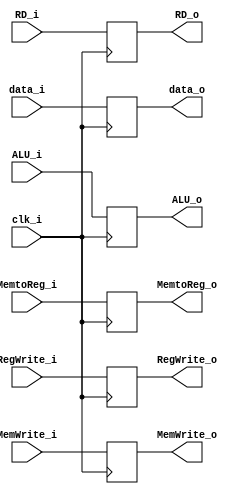
module EX_MEM
(
    input            clk_i,
    input   [31:0]   ALU_i,
    input   [31:0]   data_i,
    input   [4:0]    RD_i,
    input            MemtoReg_i,
    input            MemWrite_i,
    input            RegWrite_i,
    output  [31:0]   ALU_o,
    output  [31:0]   data_o,
    output  [4:0]    RD_o,
    output           MemtoReg_o,
    output           MemWrite_o,
    output           RegWrite_o
);

reg     [31:0]     ALU_o, data_o;
reg     [4:0]      RD_o;
reg                MemtoReg_o, MemWrite_o, RegWrite_o;

always @ (posedge clk_i) begin
    ALU_o <= ALU_i;
    data_o <= data_i;
    RD_o <= RD_i;
    MemtoReg_o <= MemtoReg_i;
    MemWrite_o <= MemWrite_i;
    RegWrite_o <= RegWrite_i;
end

endmodule